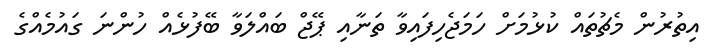
އިތުރުން މެޗުތައް ކުޅުމަށް ހަމަޖެހިފައިވާ ތަނާއި ޕޭޖް ބައްލަވާ ބޭފުޅެއް ހުންނަ ގައުމެއްގެ